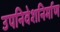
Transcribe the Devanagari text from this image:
उपनिवेशनिर्माण